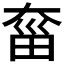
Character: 𡙂